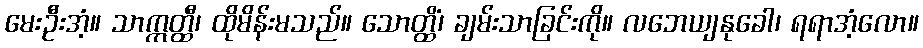
မေးဦးအံ့။ သာဣတ္ထီ၊ ထိုမိန်းမသည်။ သောတ္ထိံ၊ ချမ်းသာခြင်းကို။ လဘေယျနုခေါ၊ ရရာအံ့လော။